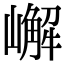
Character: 嶰